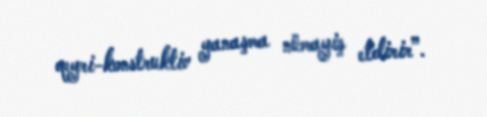
qeyri-konstruktiv yanaşma nümayiş etdirir”.